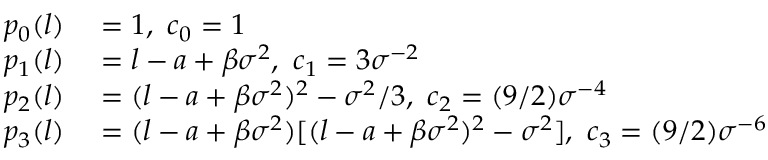
\begin{array} { r l } { p _ { 0 } ( l ) } & { { } = 1 , \ c _ { 0 } = 1 } \\ { p _ { 1 } ( l ) } & { { } = l - a + \beta \sigma ^ { 2 } , \ c _ { 1 } = 3 \sigma ^ { - 2 } } \\ { p _ { 2 } ( l ) } & { { } = ( l - a + \beta \sigma ^ { 2 } ) ^ { 2 } - \sigma ^ { 2 } / 3 , \ c _ { 2 } = ( 9 / 2 ) \sigma ^ { - 4 } } \\ { p _ { 3 } ( l ) } & { { } = ( l - a + \beta \sigma ^ { 2 } ) [ ( l - a + \beta \sigma ^ { 2 } ) ^ { 2 } - \sigma ^ { 2 } ] , \ c _ { 3 } = ( 9 / 2 ) \sigma ^ { - 6 } } \end{array}